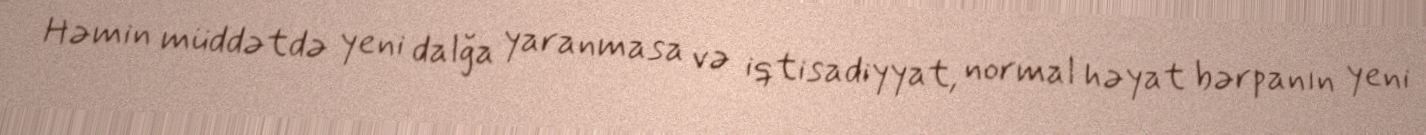
Həmin müddətdə yeni dalğa yaranmasa və iqtisadiyyat, normal həyat bərpanın yeni